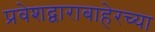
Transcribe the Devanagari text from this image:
प्रवेशद्वाराबाहेरच्या